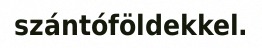
szántóföldekkel.